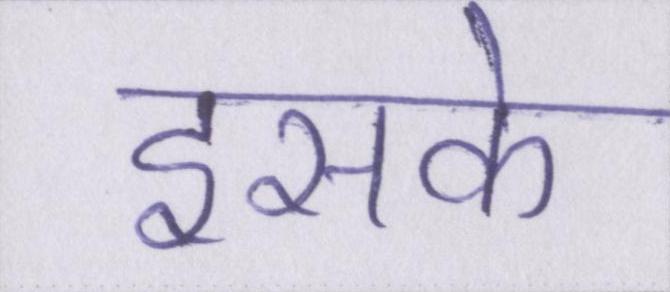
इसके